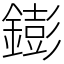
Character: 𨭌